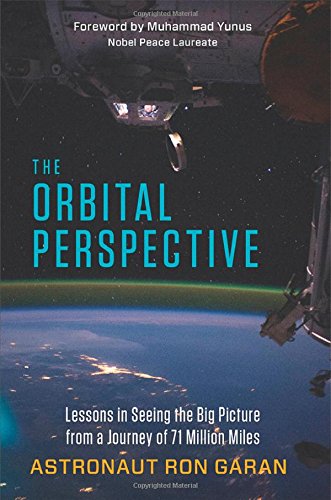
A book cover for The Orbital Perspective: Lessons in Seeing the Big Picture from a Journey of 71 Million Miles; Astronaut Ron Garan; Science & Math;